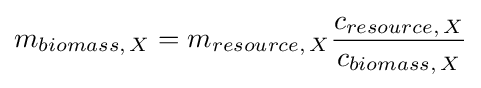
m_{biomass,\,X}=m_{resource,\,X}{\frac {c_{resource,\,X}}{c_{biomass,\,X}}}